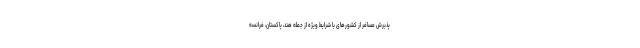
پذیرش مسافر از کشورهای با شرایط ویژه از جمله هند، پاکستان، فرانسه